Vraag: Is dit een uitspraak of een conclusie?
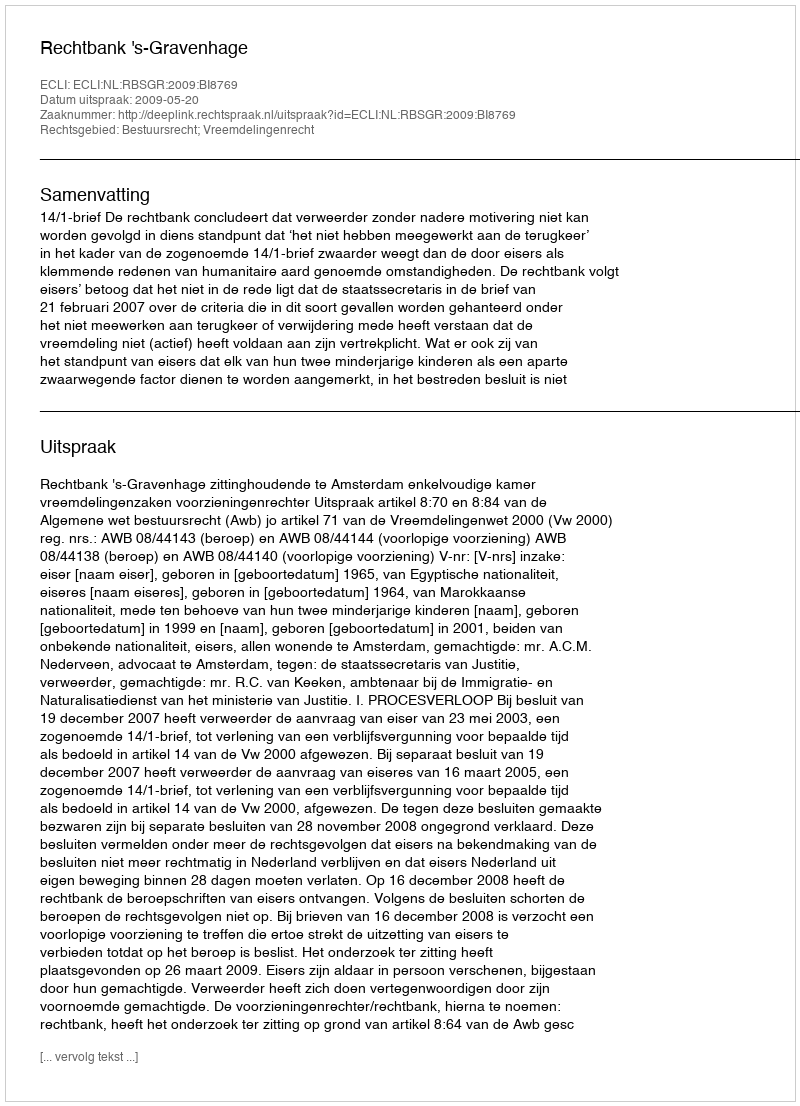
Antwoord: Uitspraak